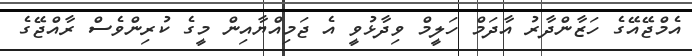
އެމްޖޭއޭގެ ހަޒާންދާރު އާދަމް ހަލީމް ވިދާޅުވީ އެ ޖަމިއްޔާއިން މީގެ ކުރިންވެސް ރާއްޖޭގެ